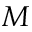
M